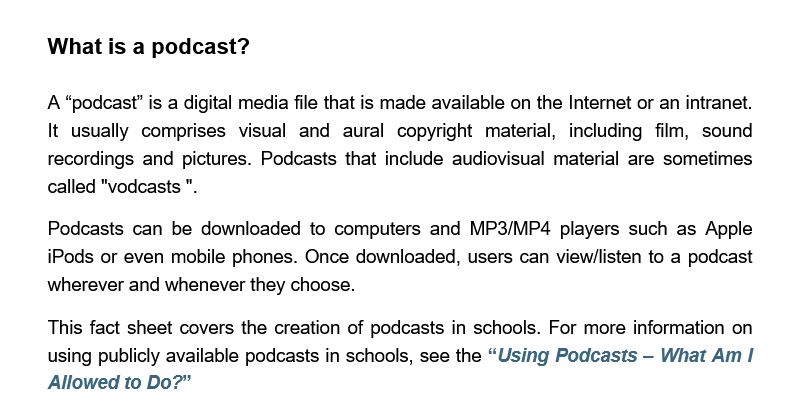
What is  a podcast?
     A “podcast” is a digital media file that is made available on the Internet or an intranet.
     It usually comprises visual and aural copyright material, including film, sound
     recordings and pictures. Podcasts that include audiovisual material are sometimes
     called "vodcasts ".
     Podcasts can be downloaded to computers and MP3/MP4   players such as Apple
     iPods or even mobile phones. Once downloaded, users can view/listen to a podcast
     wherever and whenever they choose.
     This fact sheet covers the creation of podcasts in schools. For more information on
     using publicly available podcasts in schools, see the “Using Podcasts
     -
     What Am  |
     Allowed to Do?”